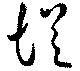
從